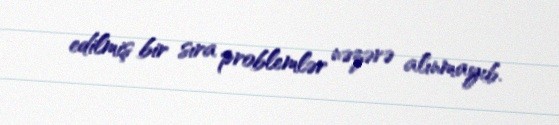
edilmiş bir sıra problemlər nəzərə alınmayıb.